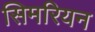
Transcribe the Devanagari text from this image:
सिमरियन